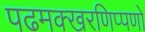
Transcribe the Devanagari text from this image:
पढमक्खरणिप्पणो